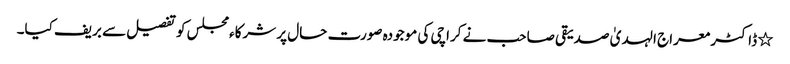
٭	ڈاکٹر معراج الہدیٰ صدیقی صاحب نے کراچی کی موجودہ صورت حال پر شرکاءمجلس کو تفصیل سے بریف کیا۔